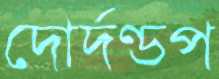
দোর্দণ্ডপ